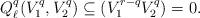
LaTeX: \begin{align*}Q_\ell^q(V_1^q,V_2^q) \subseteq (V_1^{r-q} V_2^q)=0.\end{align*}